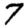
Digit: 7